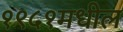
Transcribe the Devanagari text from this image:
१९५१मधील